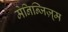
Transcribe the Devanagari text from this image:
मेनिन्जिज़्म